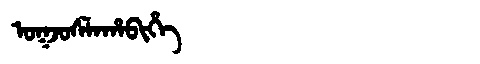
Manchu: ᠣᡴᠵᠣᠰᠯᠠᡥᠠᠪᡳᡥᡝ
Romanization: OKJOSLAHABIHE